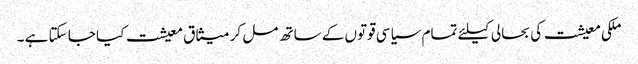
ملکی معیشت کی بحالی کیلئے تمام سیاسی قوتوں کے ساتھ مل کر میثاق معیشت کیا جا سکتا ہے ۔